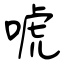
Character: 唬